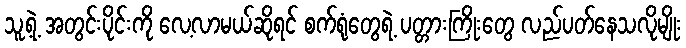
သူ့ရဲ့ အတွင်းပိုင်းကို လေ့လာမယ်ဆိုရင် စက်ရုံတွေရဲ့ ပတ္တားကြိုးတွေ လည်ပတ်နေသလိုမျိုး